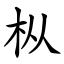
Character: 枞